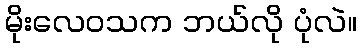
မိုးလေဝသက ဘယ်လို ပုံလဲ။